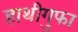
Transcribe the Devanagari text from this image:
हाथीगुफा